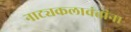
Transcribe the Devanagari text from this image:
नाट्यकलावंतांना